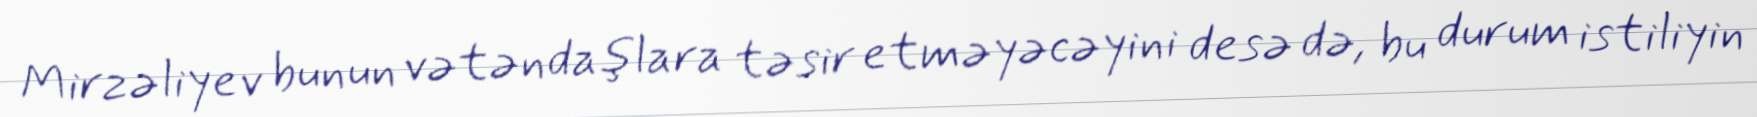
Mirzəliyev bunun vətəndaşlara təsir etməyəcəyini desə də, bu durum istiliyin